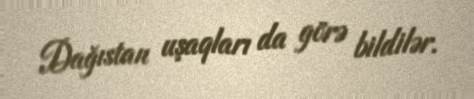
Dağıstan uşaqları da görə bildilər.